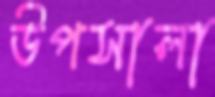
উপসালা